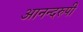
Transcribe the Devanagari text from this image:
आनन्दरुपी